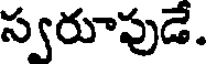
స్వరూపుడే.